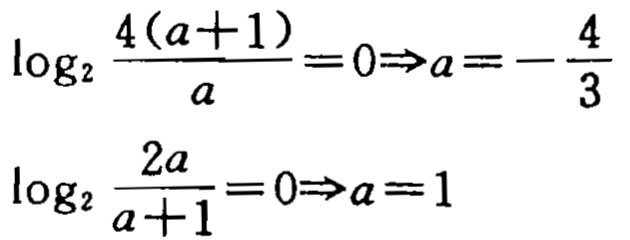
\(\log_{2}\frac{4(a + 1)}{a}=0\Rightarrow a=-\frac{4}{3}\)
\(\log_{2}\frac{2a}{a + 1}=0\Rightarrow a=1\)